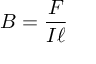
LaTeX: B = { \frac { F } { I \ell } }